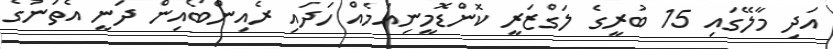
އަދި މާލޭގައި 15 ބުރީގެ ލަގްޒަރީ ކޮންޑޮމީނިއަމެއް ހަދައި ރެއިންބޯއިން ދަނީ އެތަނުގެ